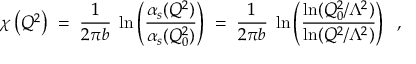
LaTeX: \chi \left( Q ^ { 2 } \right) \; = \; \frac { 1 } { 2 \pi b } \; \ln \left( \frac { \alpha _ { s } ( Q ^ { 2 } ) } { \alpha _ { s } ( Q _ { 0 } ^ { 2 } ) } \right) \; = \; \frac { 1 } { 2 \pi b } \; \ln \left( \frac { \ln ( Q _ { 0 } ^ { 2 } / \Lambda ^ { 2 } ) } { \ln ( Q ^ { 2 } / \Lambda ^ { 2 } ) } \right) \; \; ,